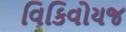
વિકિવોયજ